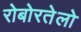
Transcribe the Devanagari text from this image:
रोबोरतेलो